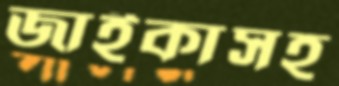
জাইকাসহ